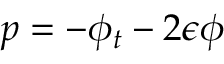
p = - \phi _ { t } - 2 \epsilon \phi